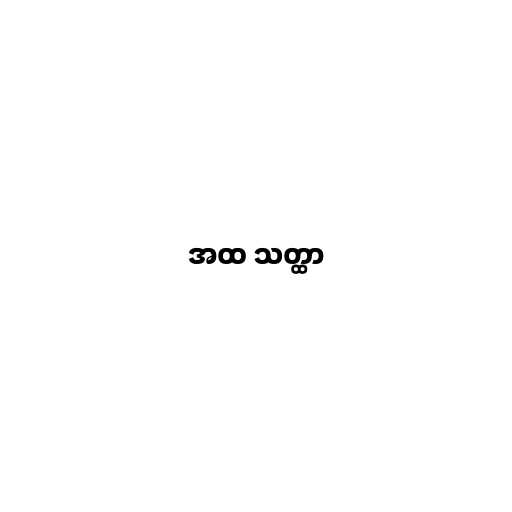
အထ သတ္ထာ